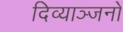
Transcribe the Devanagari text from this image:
दिव्याञ्जनों